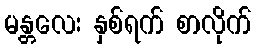
မန္တလေး နှစ်ရက် စာလိုက်